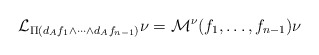
\begin{align*}\mathcal{L}_{\Pi(d_{A}f_1\wedge\cdots\wedge d_{A}f_{n-1})}\nu= \mathcal{M}^{\nu}(f_1,\ldots,f_{n-1})\nu\end{align*}